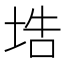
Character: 𡌃